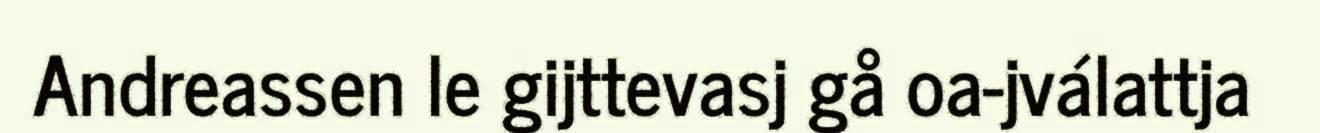
Andreassen le gijttevasj gå oa-jválattja